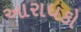
આરાધકો